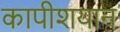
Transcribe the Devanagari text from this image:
कापीशयान